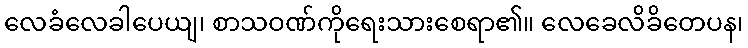
လေခံလေခါပေယျ၊ စာသဝဏ်ကိုရေးသားစေရာ၏။ လေခေလိခိတေပန၊